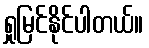
ရှုမြင်နိုင်ပါတယ်။